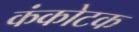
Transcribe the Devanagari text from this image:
कंकोटक